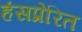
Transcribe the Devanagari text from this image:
हंसप्रेरित